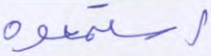
استمعوه